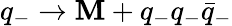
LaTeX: q_{-}\rightarrow\mathbf{M}+q_{-}q_{-}\bar{{q}}_{-}